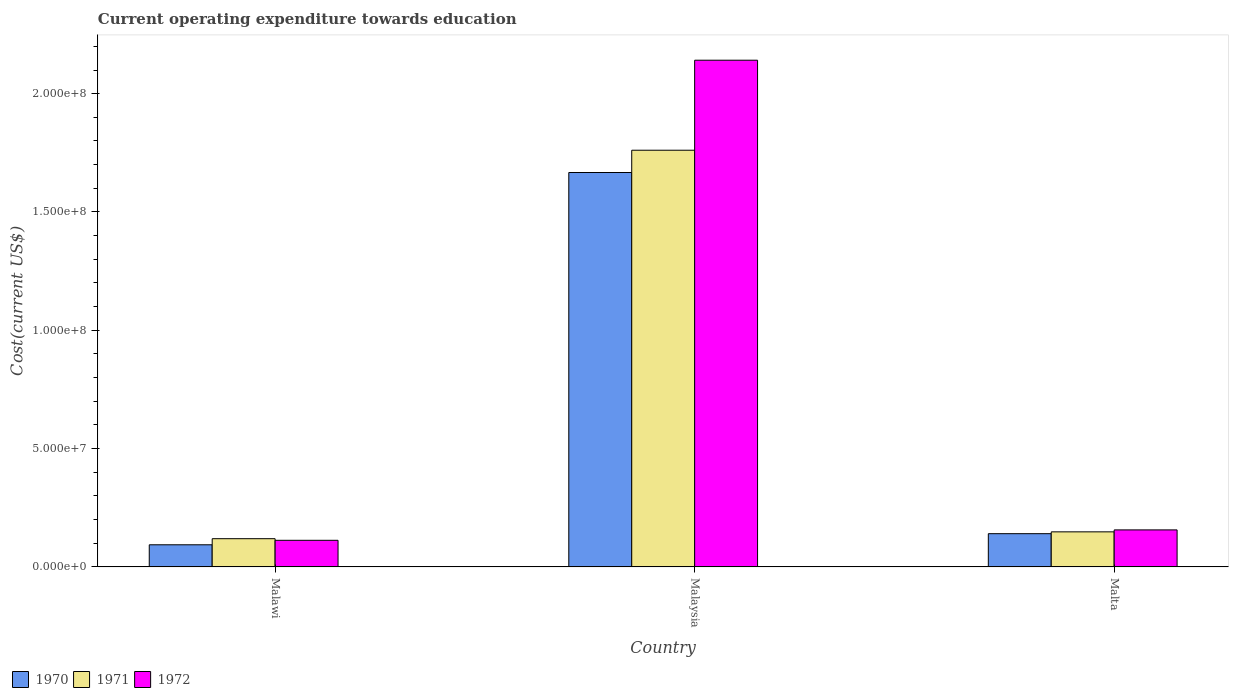
| Country | 1970 | 1971 | 1972 |
 | --- | --- | --- | --- |
 | Malawi | 9.35e+06 | 1.19e+07 | 1.12e+07 |
 | Malaysia | 1.67e+08 | 1.76e+08 | 2.14e+08 |
 | Malta | 1.4e+07 | 1.48e+07 | 1.56e+07 |